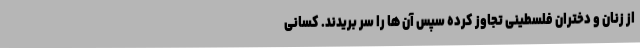
از زنان و دختران فلسطینی تجاوز کرده سپس آن ها را سر بریدند. کسانی